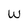
Character: W